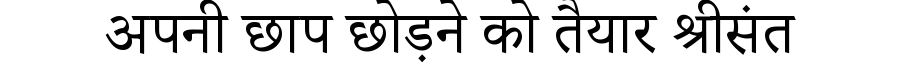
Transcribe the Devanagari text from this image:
अपनी छाप छोड़ने को तैयार श्रीसंत